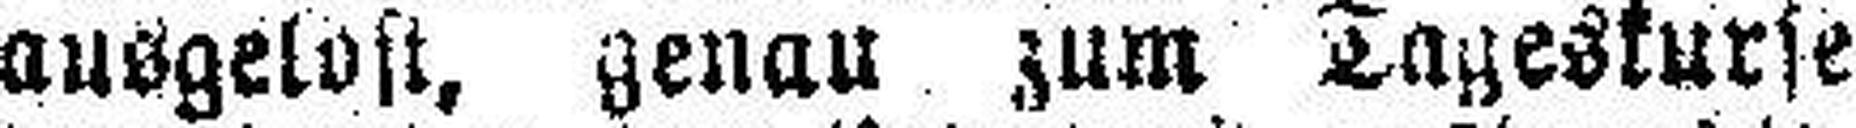
ausgelost, genau zum Tageskurse